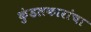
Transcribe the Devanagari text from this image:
कुंडलकारांचा